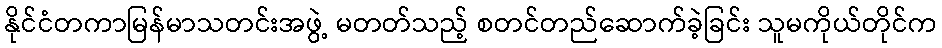
နိုင်ငံတကာမြန်မာသတင်းအဖွဲ့ မတတ်သည့် စတင်တည်ဆောက်ခဲ့ခြင်း သူမကိုယ်တိုင်က